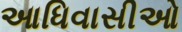
આધિવાસીઓ